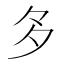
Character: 𭐴